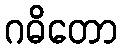
ဂဓိတော